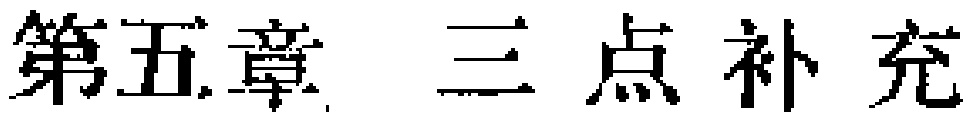
第五章 三点补充